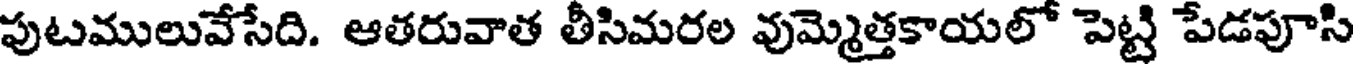
పుటములువేసేది. ఆతరువాత తీసిమరల వుమ్మెత్తకాయలో పెట్టి పేడపూసి